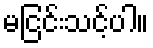
မငြင်းသင့်ပါ။